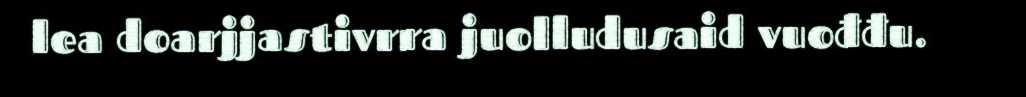
lea doarjjastivrra juolludusaid vuođđu.